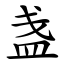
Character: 盏